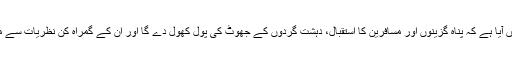
مذکورہ خط میں آیا ہے کہ پناہ گزینوں اور مسافرین کا استقبال، دہشت گردوں کے جھوٹ کی پول کھول دے گا اور ان کے گمراہ کن نظریات سے مقابلہ کرے گا۔